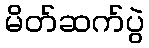
မိတ်ဆက်ပွဲ